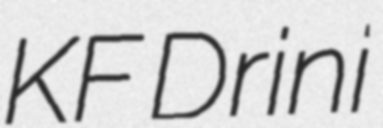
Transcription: KF Drini